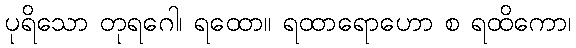
ပုရိသော တုရဂေါ၊ ရထော။ ရထာရောဟော စ ရထိကော၊